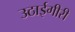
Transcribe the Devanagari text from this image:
उठाईगीरी